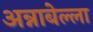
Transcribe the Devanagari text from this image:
अन्नाबेल्ला